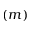
( m )